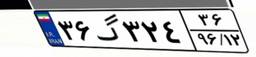
۳۶گ۳۲۴۳۶